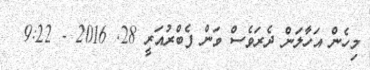
މިހެން އަހާލަން ދެރަވެސް ވަން ފެބްރުއަރީ 28